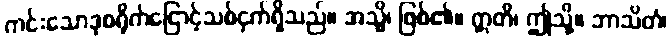
ကင်းသောဒုစရိုက်ငြောင့်သစ်ငှက်ရှိသည်။ အသ္မိ၊ ဖြစ်၏။ ဣတိ၊ ဤသို့။ ဘာသိတံ၊